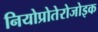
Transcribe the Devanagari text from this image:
नियोप्रोतेरोजोइक